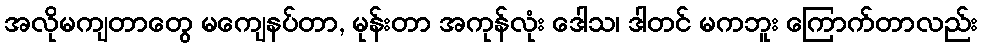
အလိုမကျတာတွေ မကျေနပ်တာ, မုန်းတာ အကုန်လုံး ဒေါသ၊ ဒါတင် မကဘူး ကြောက်တာလည်း